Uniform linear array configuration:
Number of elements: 64
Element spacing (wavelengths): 0.5
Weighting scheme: hann
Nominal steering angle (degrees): -30
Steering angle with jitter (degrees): -31.792
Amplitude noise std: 0.05
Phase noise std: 0.05

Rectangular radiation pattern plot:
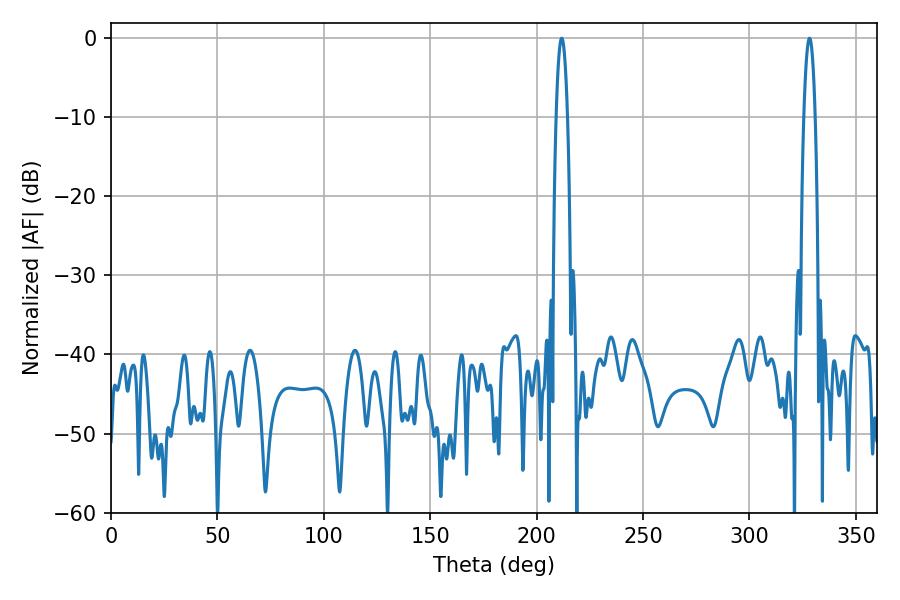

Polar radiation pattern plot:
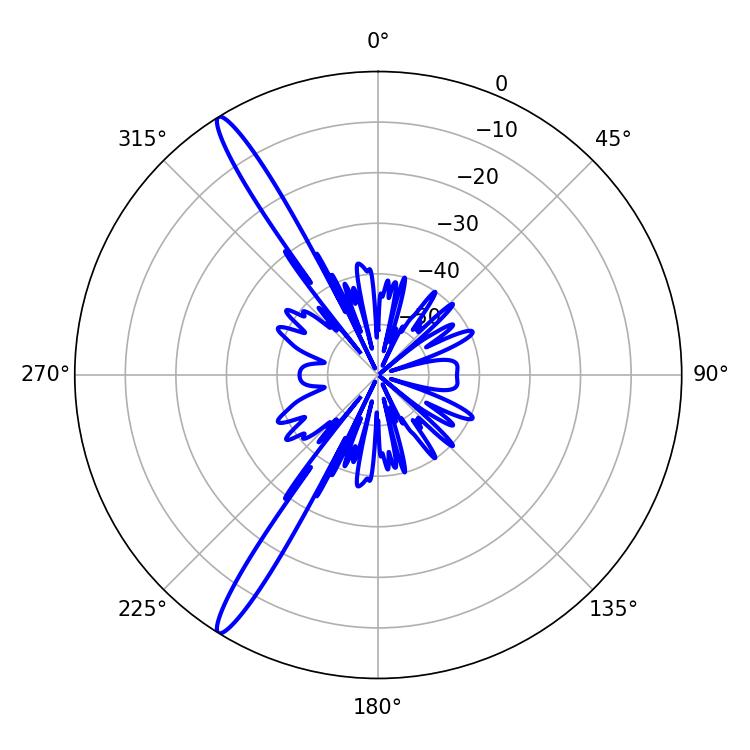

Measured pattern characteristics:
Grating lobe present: FALSE
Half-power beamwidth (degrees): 2.88
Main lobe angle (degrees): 211.86